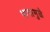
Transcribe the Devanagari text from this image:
पापामुळे